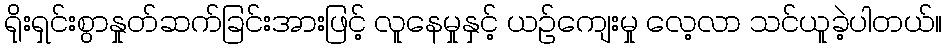
ရိုးရှင်းစွာနှုတ်ဆက်ခြင်းအားဖြင့် လူနေမှုနှင့် ယဉ်ကျေးမှု လေ့လာ သင်ယူခဲ့ပါတယ်။